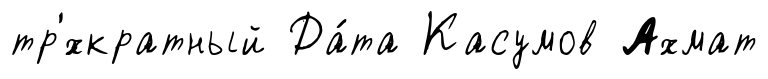
тр'́хкратный Да́та Касумов Ахмат